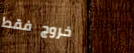
خروج فقط